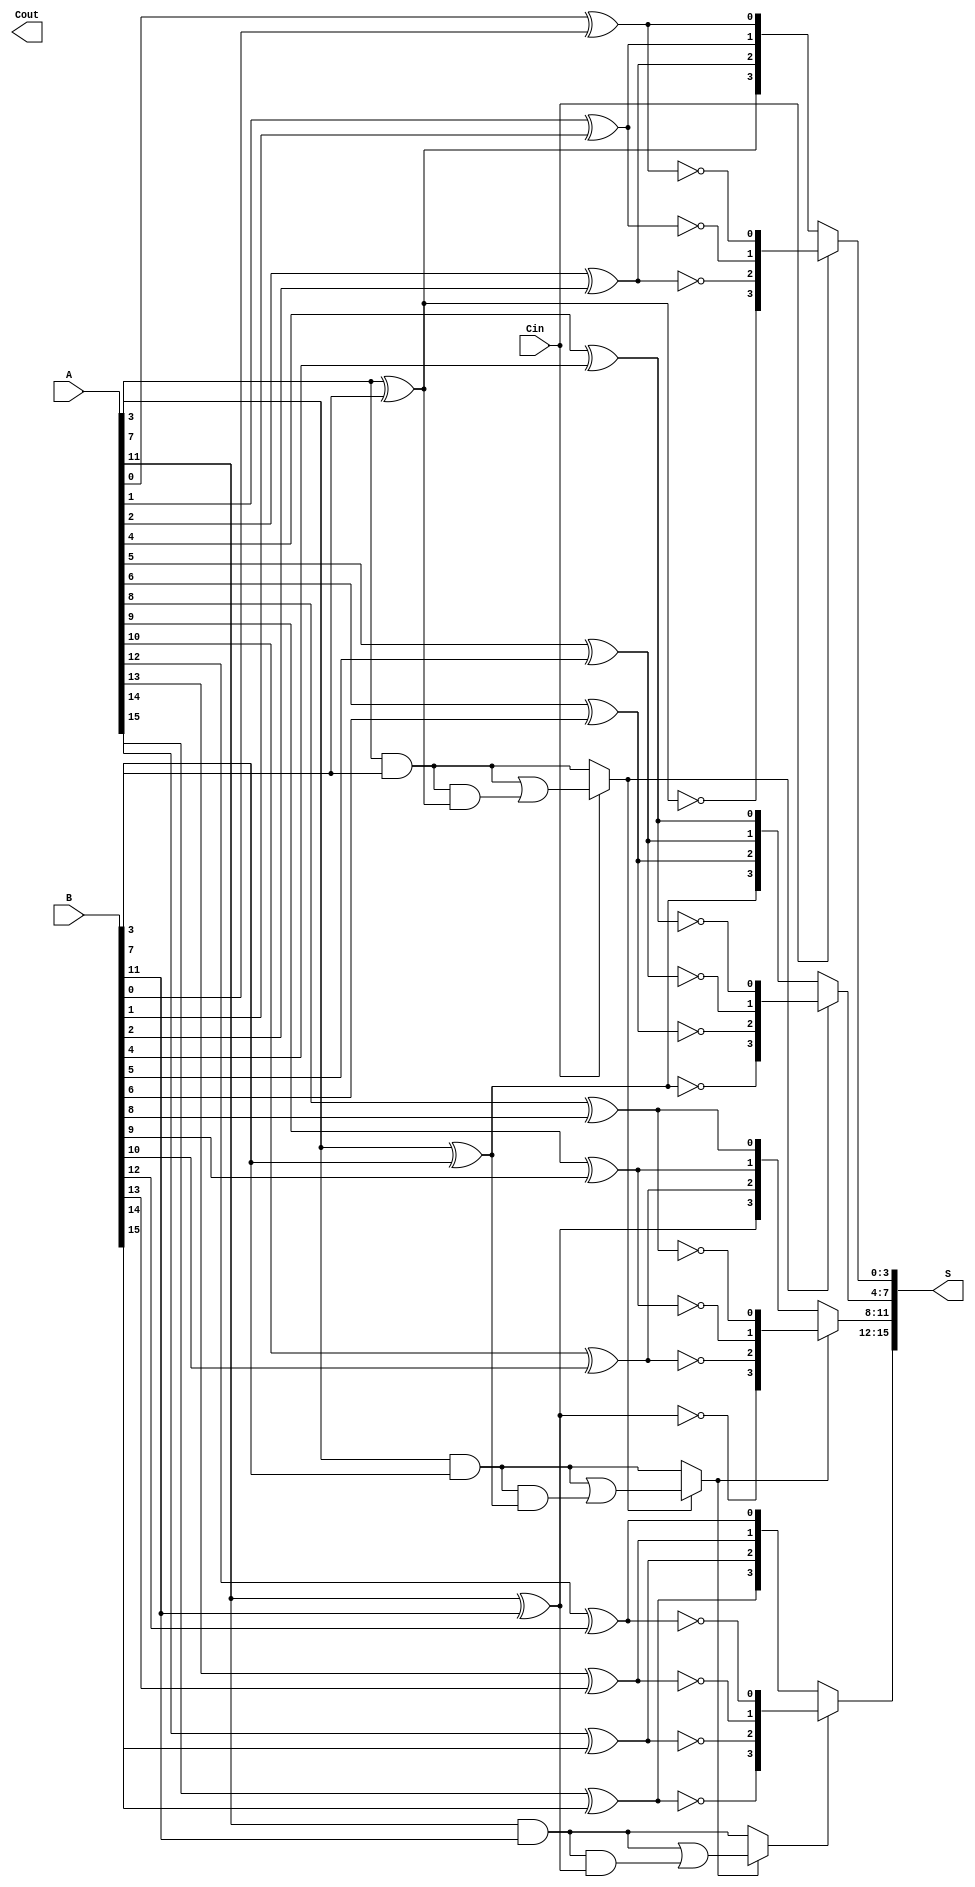
module hybrid_carry_select_adder #(parameter N = 16, parameter BLOCK_SIZE = 4) (
    input  [N-1:0] A,
    input  [N-1:0] B,
    input  Cin,
    output [N-1:0] S,
    output Cout
);

    localparam NUM_BLOCKS = N / BLOCK_SIZE;

    wire [BLOCK_SIZE-1:0] S0 [0:NUM_BLOCKS-1];
    wire [BLOCK_SIZE-1:0] S1 [0:NUM_BLOCKS-1];
    wire C0 [0:NUM_BLOCKS-1];
    wire C1 [0:NUM_BLOCKS-1];
    wire Cprev [0:NUM_BLOCKS-1];

    // Generate the blocks
    genvar i, j;
    generate
        for (i = 0; i < NUM_BLOCKS; i = i + 1) begin : block
            for (j = 0; j < BLOCK_SIZE; j = j + 1) begin : bit
                // Calculate S0 and C0 for Cin = 0
                assign S0[i][j] = A[i * BLOCK_SIZE + j] ^ B[i * BLOCK_SIZE + j];
                assign C0[i] = (j == BLOCK_SIZE - 1) ? (A[i * BLOCK_SIZE + j] & B[i * BLOCK_SIZE + j]) : C0[i];

                // Calculate S1 and C1 for Cin = 1
                assign S1[i][j] = A[i * BLOCK_SIZE + j] ^ B[i * BLOCK_SIZE + j] ^ 1;
                assign C1[i] = (j == BLOCK_SIZE - 1) ? 
                               ((A[i * BLOCK_SIZE + j] & B[i * BLOCK_SIZE + j]) | (C0[i] & (A[i * BLOCK_SIZE + j] ^ B[i * BLOCK_SIZE + j]))) : C1[i];
            end
        end
    endgenerate

    // Carry select logic
    assign Cprev[0] = Cin; // Initial carry-in for the first block
    generate
        for (i = 0; i < NUM_BLOCKS; i = i + 1) begin : select
            assign S[i * BLOCK_SIZE +: BLOCK_SIZE] = (Cprev[i] == 1'b0) ? S0[i] : S1[i];
            assign Cprev[i + 1] = (Cprev[i] == 1'b0) ? C0[i] : C1[i];
        end
    endgenerate

    assign Cout = Cprev[NUM_BLOCKS]; // Final carry-out

endmodule